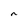
Character: n